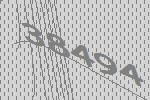
38494